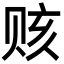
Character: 赅